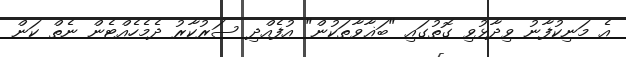
އެ މަނިކުފާނު ވިދާޅުވި ގޮތުގައި "ބަޣާވާތަކުން" އުފެއްދި ސަރުކާރު ދެމެހެއްޓެން ނެތް ކަން